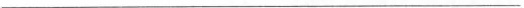
___